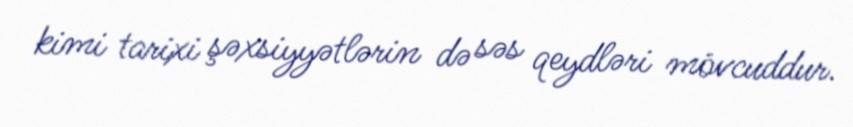
kimi tarixi şəxsiyyətlərin də səs qeydləri mövcuddur.